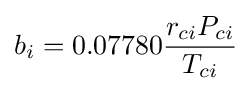
b_{i}=0.07780{\frac {r_{ci}P_{ci}}{T_{ci}}}